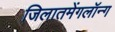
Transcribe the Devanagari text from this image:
जिलातमेंगलॉन्ग